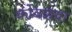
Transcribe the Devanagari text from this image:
कोवळया